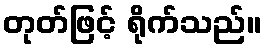
တုတ်ဖြင့် ရိုက်သည်။